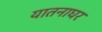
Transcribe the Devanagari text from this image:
यातनाघर